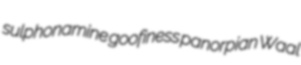
sulphonamine goofiness panorpian Waal